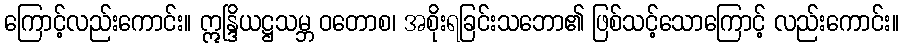
ကြောင့်လည်းကောင်း။ ဣန္ဒြိယဋ္ဌသမ္ဘ ဝတောစ၊ အစိုးရခြင်းသဘော၏ ဖြစ်သင့်သောကြောင့် လည်းကောင်း။